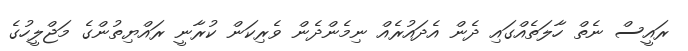
ރައީސް ނެތް ހާލަތެއްގައި ދެން އެދައުރެއް ނިމެންދެން ވެރިކަން ކުރާނީ ރައްޔިތުންގެ މަޖްލީހުގެ